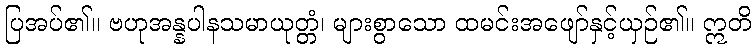
ပြအပ်၏။ ဗဟုအန္နပါနသမာယုတ္တံ၊ များစွာသော ထမင်းအဖျော်နှင့်ယှဉ်၏။ ဣတိ